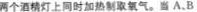
两个酒精灯上同时加热制取氧气。当A.B